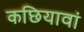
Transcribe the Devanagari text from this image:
कछियावां